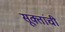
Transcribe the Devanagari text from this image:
सूक्तांची